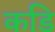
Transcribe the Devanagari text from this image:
कडि